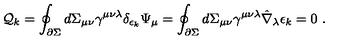
{ \cal Q } _ { k } = \oint _ { \partial \Sigma } d \Sigma _ { \mu \nu } \gamma ^ { \mu \nu \lambda } \delta _ { \epsilon _ { k } } \Psi _ { \mu } = \oint _ { \partial \Sigma } d \Sigma _ { \mu \nu } \gamma ^ { \mu \nu \lambda } \hat { \nabla } _ { \lambda } \epsilon _ { k } = 0 \ .